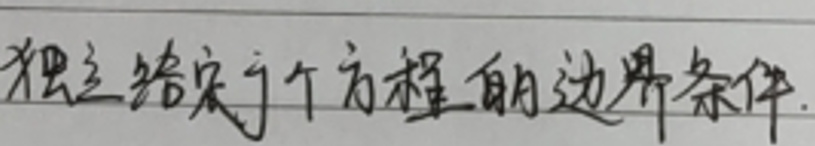
独立给定了个方程的边界条件.